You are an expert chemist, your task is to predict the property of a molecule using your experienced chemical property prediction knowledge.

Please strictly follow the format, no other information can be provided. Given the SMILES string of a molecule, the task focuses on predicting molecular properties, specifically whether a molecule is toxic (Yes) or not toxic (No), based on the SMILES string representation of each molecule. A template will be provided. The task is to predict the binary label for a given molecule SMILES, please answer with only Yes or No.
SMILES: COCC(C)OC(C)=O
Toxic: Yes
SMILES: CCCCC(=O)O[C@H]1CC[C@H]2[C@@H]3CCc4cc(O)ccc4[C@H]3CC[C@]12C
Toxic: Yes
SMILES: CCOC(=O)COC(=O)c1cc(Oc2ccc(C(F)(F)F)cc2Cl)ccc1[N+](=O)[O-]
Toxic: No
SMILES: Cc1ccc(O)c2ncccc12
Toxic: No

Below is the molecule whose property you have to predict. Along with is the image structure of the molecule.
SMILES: CCCCc1ccc(O)cc1
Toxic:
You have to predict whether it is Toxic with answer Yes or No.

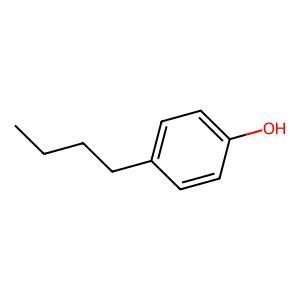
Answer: No